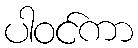
ပါဝင်ကာ